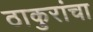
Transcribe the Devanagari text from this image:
ठाकुरांचा